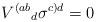
LaTeX: \begin{align*}V^{(ab}{}_d\sigma^{c)d}=0\end{align*}